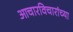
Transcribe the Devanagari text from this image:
आचारविचारांच्या